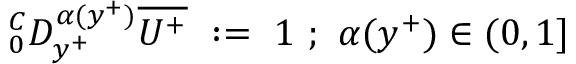
^ C _ { 0 } D _ { y ^ { + } } ^ { \alpha ( y ^ { + } ) } \overline { { U ^ { + } } } ~ : = ~ 1 ~ ; ~ \alpha ( y ^ { + } ) \in ( 0 , 1 ]